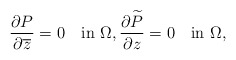
\begin{align*}\frac{\partial P}{\partial \overline z}=0\quad\mbox{in}\,\,\Omega,\frac{\partial\widetilde P}{\partial z}=0\quad\mbox{in}\,\,\Omega,\end{align*}